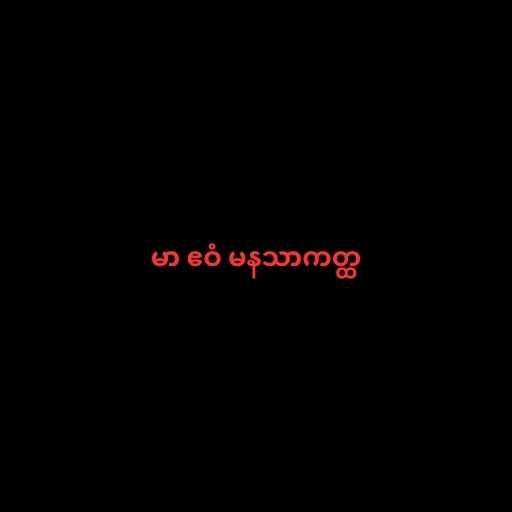
မာ ဧဝံ မနသာကတ္ထ